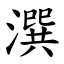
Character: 潠